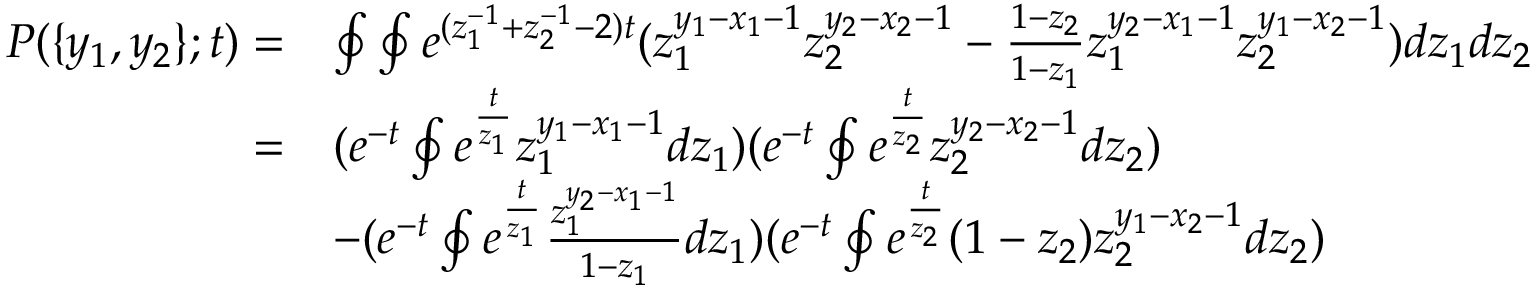
\begin{array} { r l } { P ( \{ y _ { 1 } , y _ { 2 } \} ; t ) = } & { \oint \oint e ^ { ( z _ { 1 } ^ { - 1 } + z _ { 2 } ^ { - 1 } - 2 ) t } ( z _ { 1 } ^ { y _ { 1 } - x _ { 1 } - 1 } z _ { 2 } ^ { y _ { 2 } - x _ { 2 } - 1 } - \frac { 1 - z _ { 2 } } { 1 - z _ { 1 } } z _ { 1 } ^ { y _ { 2 } - x _ { 1 } - 1 } z _ { 2 } ^ { y _ { 1 } - x _ { 2 } - 1 } ) d z _ { 1 } d z _ { 2 } } \\ { = } & { ( e ^ { - t } \oint e ^ { \frac { t } { z _ { 1 } } } z _ { 1 } ^ { y _ { 1 } - x _ { 1 } - 1 } d z _ { 1 } ) ( e ^ { - t } \oint e ^ { \frac { t } { z _ { 2 } } } z _ { 2 } ^ { y _ { 2 } - x _ { 2 } - 1 } d z _ { 2 } ) } \\ & { - ( e ^ { - t } \oint e ^ { \frac { t } { z _ { 1 } } } \frac { z _ { 1 } ^ { y _ { 2 } - x _ { 1 } - 1 } } { 1 - z _ { 1 } } d z _ { 1 } ) ( e ^ { - t } \oint e ^ { \frac { t } { z _ { 2 } } } ( 1 - z _ { 2 } ) z _ { 2 } ^ { y _ { 1 } - x _ { 2 } - 1 } d z _ { 2 } ) } \end{array}